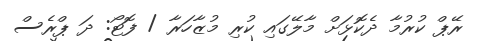
ރޭޕް ކުރުމާ ދެކޮޅަށް މާލޭގައި ކުރި މުޒާހަރާ / ފޮޓޯ: ދަ ޕްރެސް